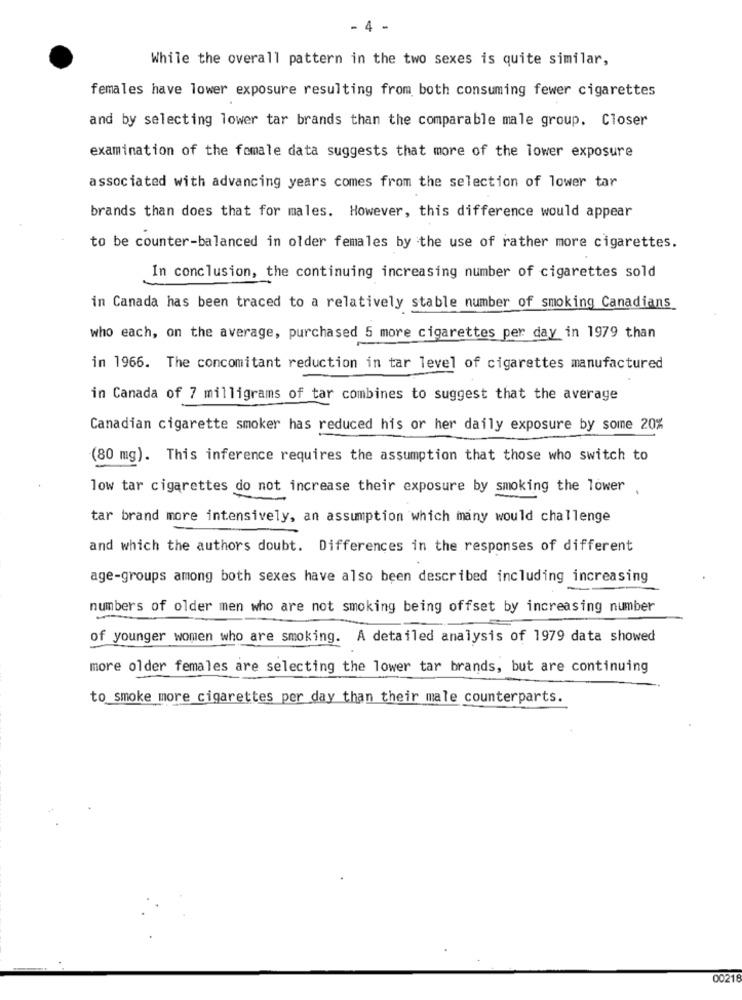
- 4 -
While the overall pattern in the two sexes is quite similar,
females have lower exposure resulting from both consuming fewer cigarettes
and by selecting lower tar brands than the comparable male group. Closer
examination of the female data suggests that more of the lower exposure
associated with advancing years comes from the selection of lower tar
brands than does that for males. However, this difference would appear
to be counter-balanced in older females by the use of rather more cigarettes.
In conclusion, the continuing increasing number of cigarettes sold
in Canada has been traced to a relatively stable number of smoking Canadians
who each, on the average, purchased 5 more cigarettes per day in 1979 than
in 1966. The concomitant reduction in tar level of cigarettes manufactured
in Canada of 7 milligrams of tar combines to suggest that the average
Canadian cigarette smoker has reduced his or her daily exposure by some 20%
(80 mg). This inference requires the assumption that those who switch to
low tar cigarettes do not increase their exposure by smoking the lower .
tar brand more intensively, an assumption which many would challenge
and which the authors doubt. Differences in the responses of different
age-groups among both sexes have also been described including increasing
numbers of older men who are not smoking being offset by increasing number
of younger women who are smoking. A detailed analysis of 1979 data showed
more older females are selecting the lower tar brands, but are continuing
to smoke more cigarettes per day than their male counterparts.
00218